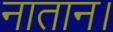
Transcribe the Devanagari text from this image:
नातान।